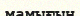
мамығын